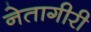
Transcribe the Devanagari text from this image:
नेतागीरी